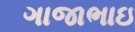
ગાજાભાઇ